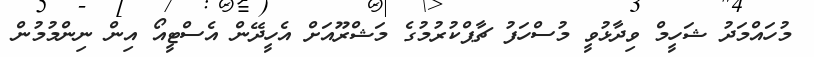
މުހައްމަދު ޝަހީމް ވިދާޅުވީ މުސްހަފު ޗާޕްކުރުމުގެ މަޝްރޫއަށް އެހީދޭން އެސްޓީއޯ އިން ނިންމުމުން